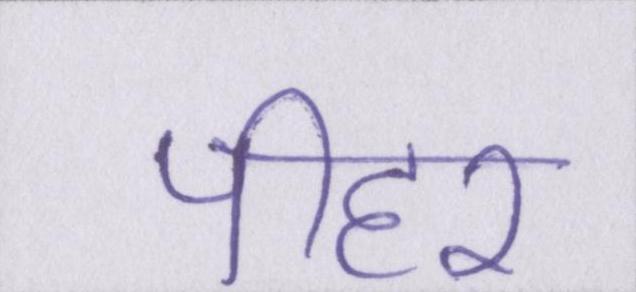
पीहर